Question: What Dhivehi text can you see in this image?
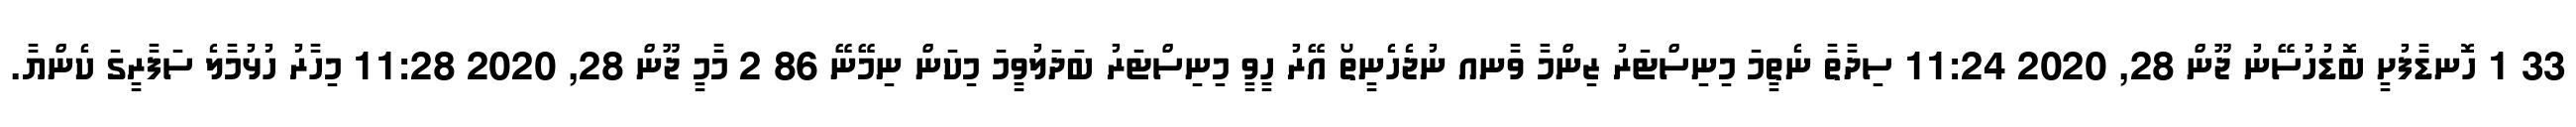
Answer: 33 1 ހޮނޑާފުށީ ބޮޑުހުސޭނު ޖޫން 28, 2020 11:24 ސިދާތާ ނެތީމަ މިނިސްޓަރު ޒިންމާ ވާނއ ނުޖެހެނީތޯ އޭރު ހީވީ މިނިސްޓަރު ބަދަލުވީމަ މިކަން ނިމޭނޭ 86 2 މާމީ ޖޫން 28, 2020 11:28 މިހާރު ހުޅުމާލެ ސަފާރީގަ ކެންޔާ.